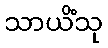
သာယိံသု